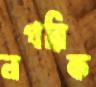
নগরিক